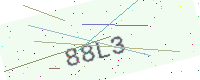
Text: 88L3